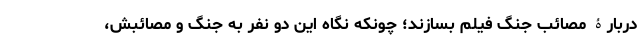
دربارۀ مصائب جنگ فیلم بسازند؛ چونکه نگاه این دو نفر به جنگ و مصائبش،